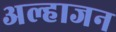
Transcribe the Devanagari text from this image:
अल्हाजन